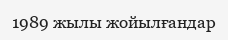
1989 жылы жойылғандар